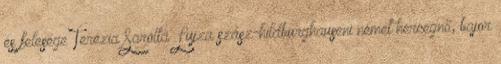
és felesége Terézia Sarolta Lujza szász-hildburghauseni német hercegnő, bajor